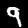
Label: 9